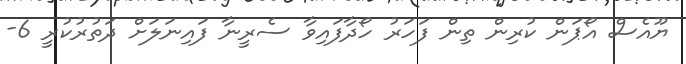
ޔޫއެސް އޯޕަން ކުރިން ތިން ފަހަރު ހޯދާފައިވާ ސެރީނާ ފައިނަލަށް ދަތުރުކުރީ 6-